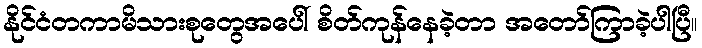
နိုင်ငံတကာမိသားစုတွေအပေါ် စိတ်ကုန်နေခဲ့တာ အတော်ကြာခဲ့ပါပြီ။